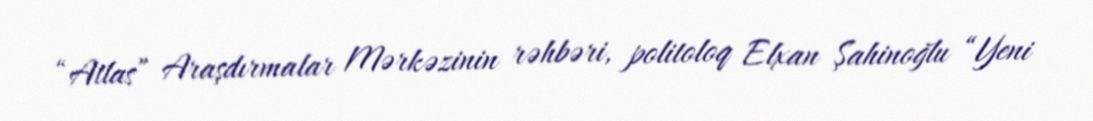
“Atlas” Araşdırmalar Mərkəzinin rəhbəri, politoloq Elxan Şahinoğlu “Yeni